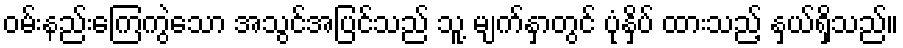
ဝမ်းနည်းကြေကွဲသော အသွင်အပြင်သည် သူ့ မျက်နှာတွင် ပုံနှိပ် ထားသည့် နှယ်ရှိသည်။